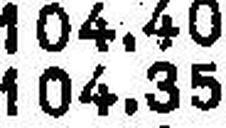
104.35